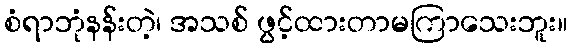
စံရာဘုံနန်းတဲ့၊ အသစ် ဖွင့်ထားတာမကြာသေးဘူး။